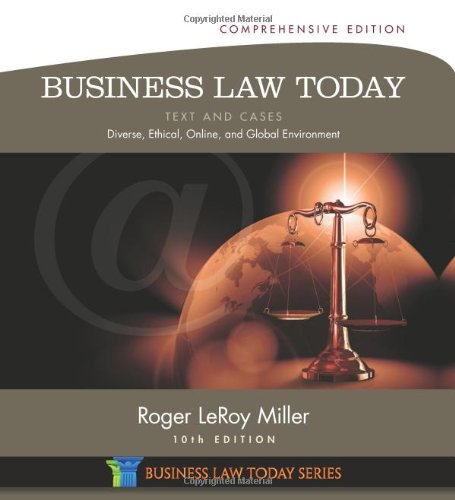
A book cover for Business Law Today, Comprehensive: Text and Cases: Diverse, Ethical, Online, and Global Environment (Miller Business Law Today Family); Roger LeRoy Miller; Law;